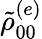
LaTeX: \tilde{\rho}_{00}^{(e)}